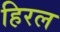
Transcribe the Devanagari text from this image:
हिरल